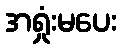
အရှုံးမပေး